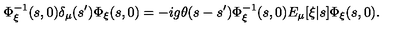
\Phi _ { \xi } ^ { - 1 } ( s , 0 ) \delta _ { \mu } ( s ^ { \prime } ) \Phi _ { \xi } ( s , 0 ) = - i g \theta ( s - s ^ { \prime } ) \Phi _ { \xi } ^ { - 1 } ( s , 0 ) E _ { \mu } [ \xi | s ] \Phi _ { \xi } ( s , 0 ) .